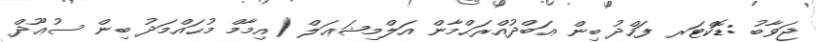
ޖަވާބު :ޑޮކްޓަރ ފަހްދު ބިން ޢަބްދުއްރަޙްމާން އަލްމިޝަޢަލް (އިމާމް މުޙައްމަދު ބިން ސުޢޫދް